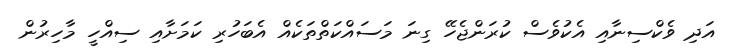
އަދި ވެކްސިނާއި އެކުވެސް ކުރަންޖެހޭ ގިނަ މަސައްކަތްތަކެއް އެބަހުރި ކަމަށާއި ސިއްހީ މާހިރުން